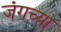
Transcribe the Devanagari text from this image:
जंगच्या